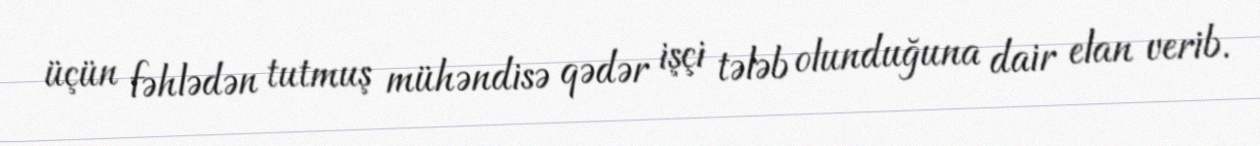
üçün fəhlədən tutmuş mühəndisə qədər işçi tələb olunduğuna dair elan verib.